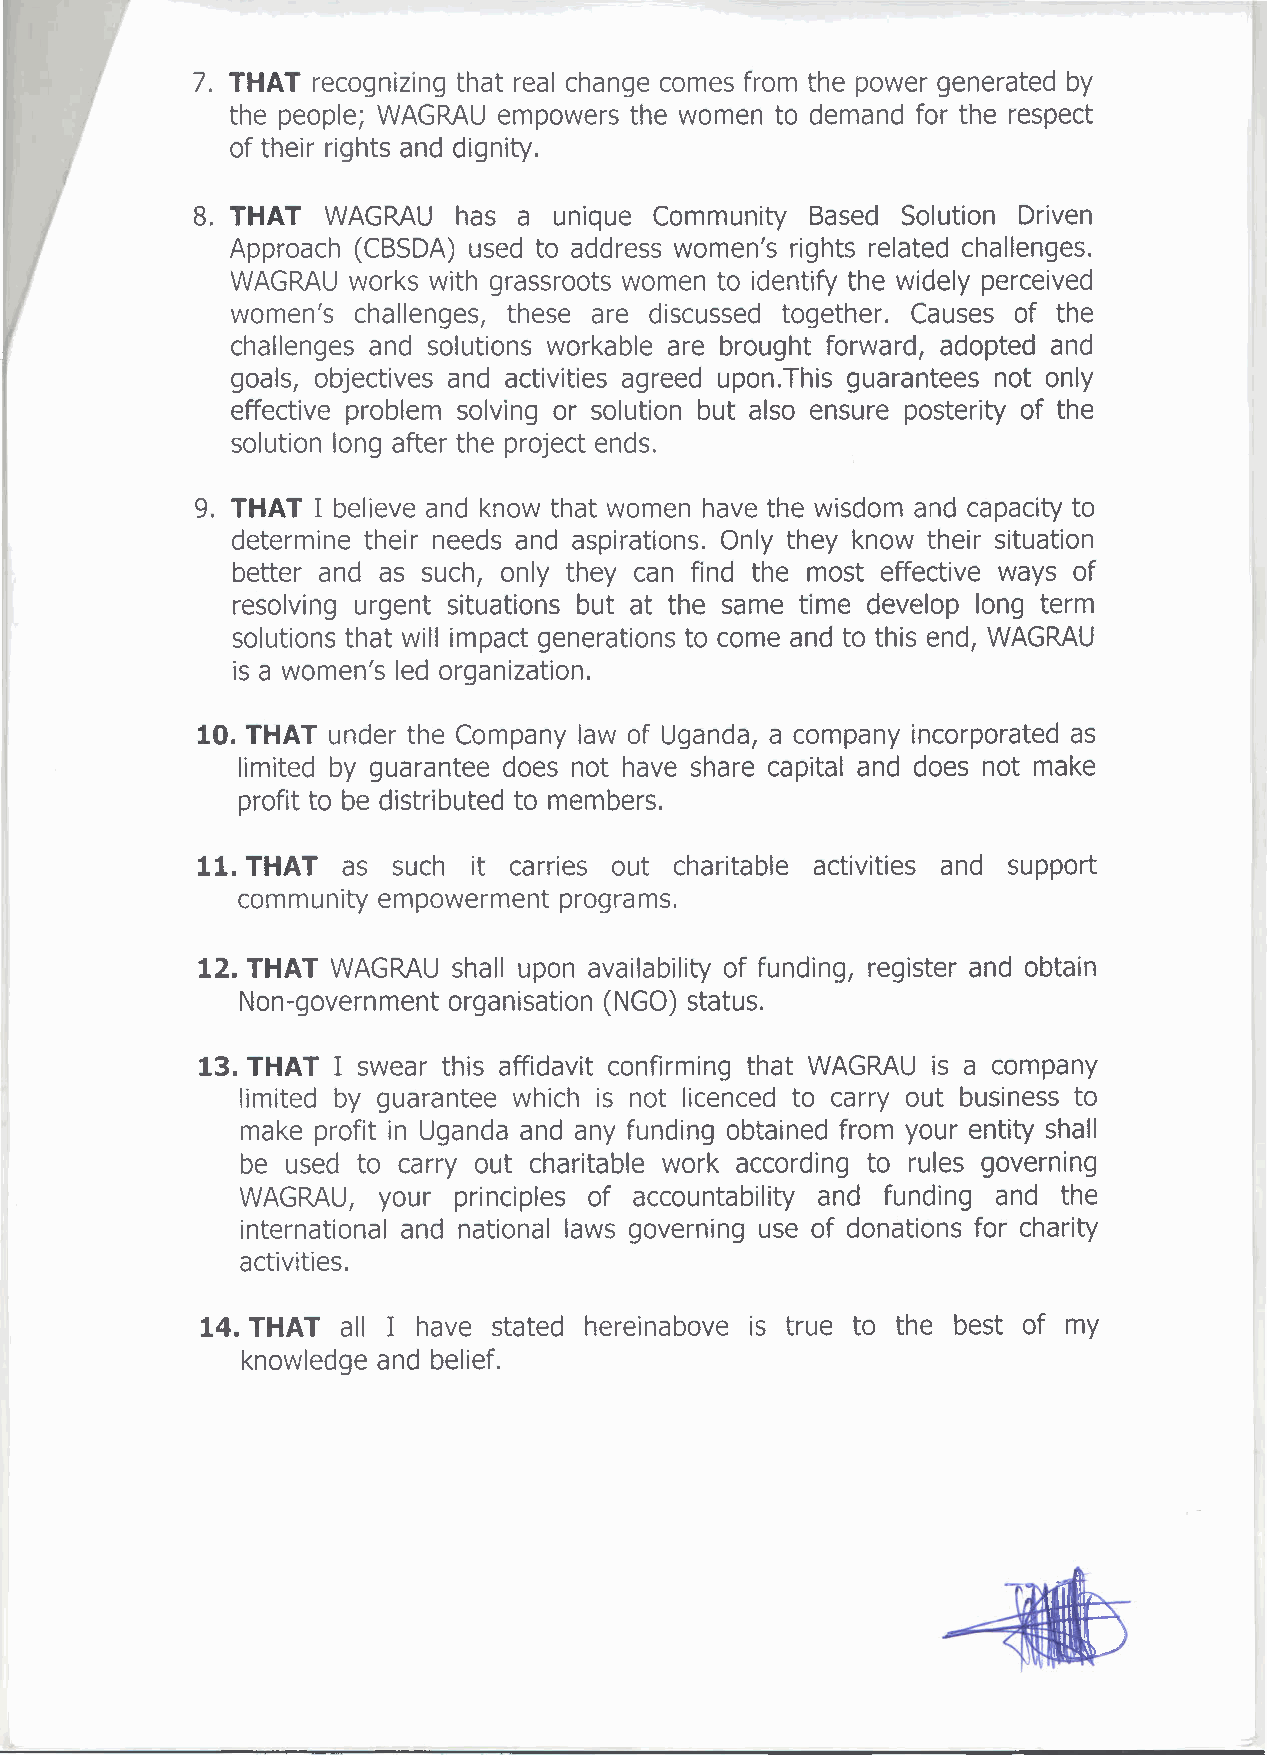
7. THAT recognizing that real change comes from the power generated by
 the people; WAGRAU empowers the women to demand for the respect
 of their rights and dignity.
 8. THAT WAGRAU   has a  unique Community Based Solution Driven
 Approach (CBSDA) used to address women's rights related challenges.
 WAGRAUworks  with grassroots women to identify the widely perceived
 women's challenges, these are discussed together. Causes of the
 challenges and solutions workable are brought forward, adopted and
 goals, objectives and activities agreed upon.This guarantees not only
 effective problem solving or solution but also ensure posterity of the
 solution long after the project ends.
 9. THAT I believe and know that women have the wisdom and capacity to
 determine their needs and aspirations. Only they know their situation
 better and as such, only they can find the most effective ways of
 resolving urgent situations but at the same time develop long term
 solutions that will impact generations to come and to this end, WAGRAU
 is a women's led organization.
 10. THAT under the Company law of Uganda, a company incorporated as
 limited by guarantee does not have share capital and does not make
 profit to be distributed to members.
 11. THAT  as such it carries out charitable activities and support
 community empowerment programs.
 12. THAT WAGRAU  shall upon availability of funding, register and obtain
 Non-government organisation (NGO) status.
 13. THAT I swear this affidavit confirming that WAGRAU is a company
 limited by guarantee which is not licenced to carry out business to
 make profit in Uganda and any funding obtained from your entity shall
 be used to carry out charitable work according to rules governing
 WAGRAU,  your principles of accountability and funding and the
 international and national laws governing use of donations for charity
 activities.
 14. THAT  all I have stated hereinabove is true to the best of my
 knowledge and belief.